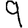
Digit: 9